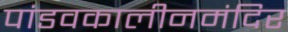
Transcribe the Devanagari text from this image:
पांडवकालीनमंदिर